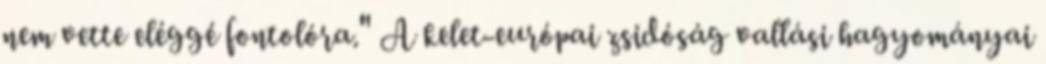
nem vette eléggé fontolóra." A kelet-európai zsidóság vallási hagyományai